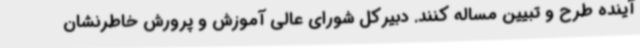
آینده طرح و تبیین مساله کنند. دبیرکل شورای عالی آموزش و پرورش خاطرنشان